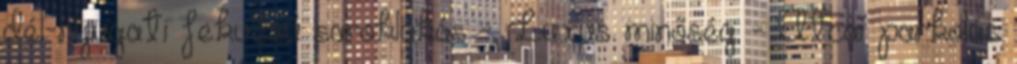
dél-nyugati fekvésű saroklakás - Luxus minőség - Utcai parkolás